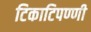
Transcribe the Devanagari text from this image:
टिकाटिपण्णी